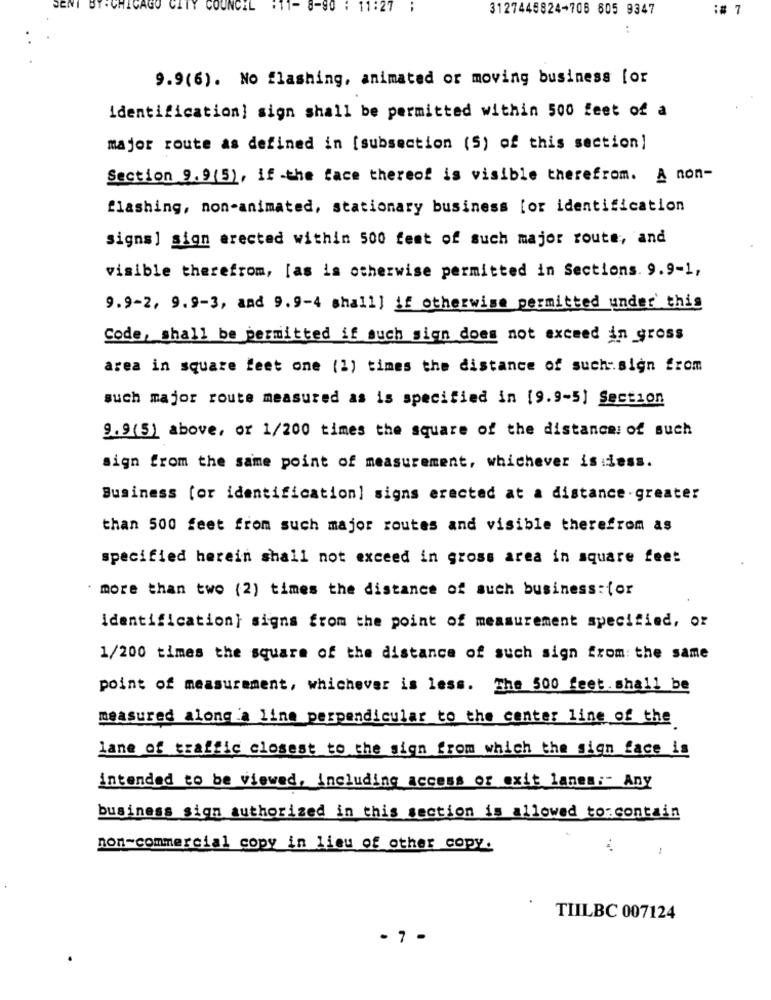
SENI
BT . CHICAGO
UNCIL
11-
1:27
3127445824-708 605 9347
:# 7
..
9.9(6). No flashing, animated or moving business [or
identification] sign shall be permitted within 500 feet of a
major route as defined in [subsection (5) of this section]
Section 9.9(5), if -the face thereof is visible therefrom. A non-
flashing, non-animated, stationary business [or identification
signs] sign erected within 500 fest of such major route, and
visible therefrom, [as is otherwise permitted in Sections. 9.9-1,
9.9-2, 9.9-3, and 9.9-4 shall] if otherwise permitted under' this
Code, shall be permitted if such sign does not exceed in gross
area in square feet one (1) times the distance of such:sign from
such major route measured as is specified in [9.9-5] Section
9.9(5) above, or 1/200 times the square of the distance: of such
sign from the same point of measurement, whichever is dess.
Business (or identification] signs erected at a distance-greater
than 500 feet from such major routes and visible therefrom as
specified herein shall not exceed in gross area in square feet
more than two (2) times the distance of such business:for
identification} signs from the point of measurement specified, or
1/200 times the square of the distance of such sign from: the same
point of measurement, whichever is less. The 500 feet.shall be
measured along a line perpendicular to the center line of the
lane of traffic closest to the sign from which the sign face is
intended to be viewed, including access or exit lanes:" Any
business sign authorized in this section is allowed to:contain
non-commercial copy in lieu of other copy.
TIILBC 007124
- 7 -